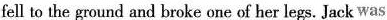
fell to the ground and broke one of her legs. Jack was